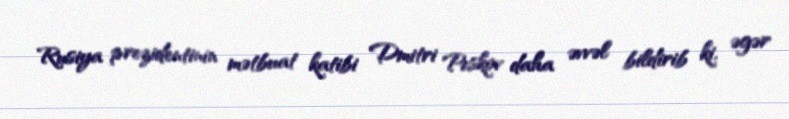
Rusiya prezidentinin mətbuat katibi Dmitri Peskov daha əvvəl bildirib ki, əgər